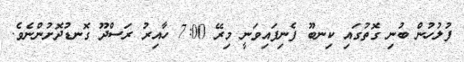
ފުލުހުން ބުނި ގޮތުގައި ކިނބޫ ފެނިފައިވަނީ މިރޭ 7:00 ހާއިރު ރަސްދޫ ގޮނޑުދޮށުންނެވެ.